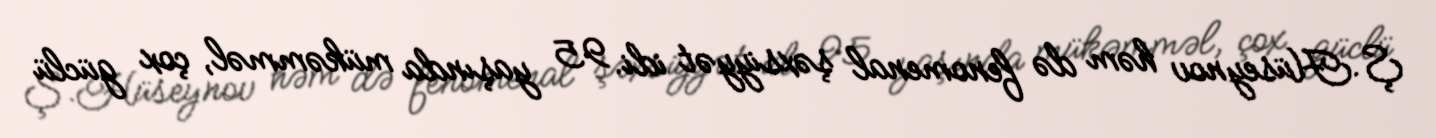
Ş.Hüseynov həm də fenomenal şəxsiyyət idi. 95 yaşında mükəmməl, çox güclü